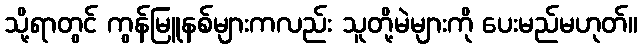
သို့ရာတွင် ကွန်မြူနစ်များကလည်း သူတို့မဲများကို ပေးမည်မဟုတ်။